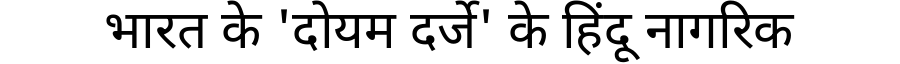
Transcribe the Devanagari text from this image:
भारत के 'दोयम दर्जे' के हिंदू नागरिक